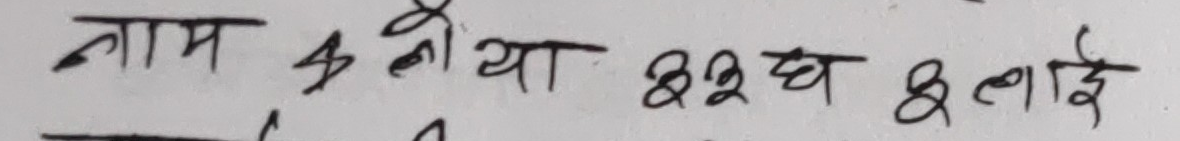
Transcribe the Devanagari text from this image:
नाम ५ कनियाँ २२ घ इलाई